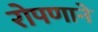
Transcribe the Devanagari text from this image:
रोपणाने